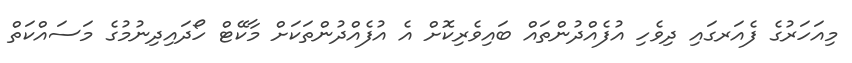
މިއަހަރުގެ ފެއަރގައި ދިވެހި އުފެއްދުންތައް ބައިވެރިކޮށް އެ އުފެއްދުންތަކަށް މާކޭޓް ހޯދައިދިނުމުގެ މަސައްކަތް